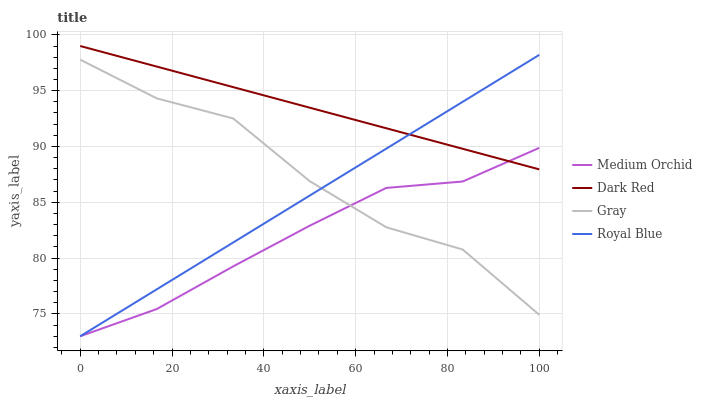
| xaxis_label | Medium Orchid | Dark Red | Gray | Royal Blue |
 | --- | --- | --- | --- | --- |
 | 0 | 73 | 99 | 97.8 | 73 |
 | 16.7 | 75.4 | 97.2 | 94.3 | 77.2 |
 | 33.3 | 79.3 | 95.3 | 92.5 | 81.4 |
 | 50 | 82.9 | 93.5 | 86.9 | 85.6 |
 | 66.7 | 86.3 | 91.6 | 82.8 | 89.8 |
 | 83.3 | 86.9 | 89.8 | 80.8 | 94 |
 | 100 | 89.9 | 87.9 | 74.9 | 98.2 |